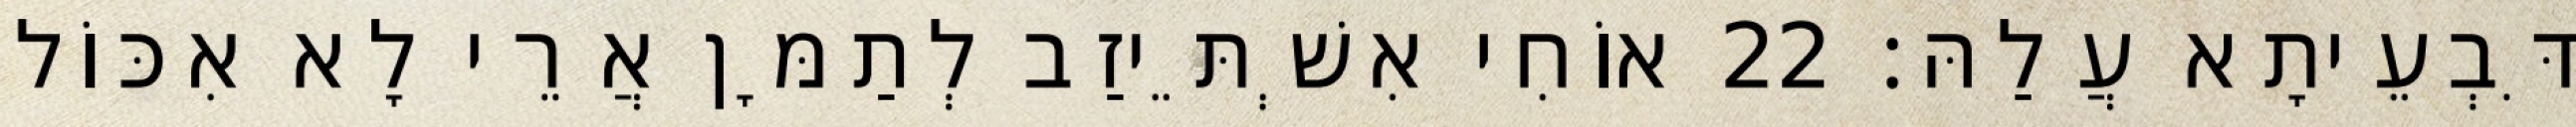
דִּבְעֵיתָא עֲלַהּ׃ 22 אוֹחִי אִשְׁתֵּיזַב לְתַמָּן אֲרֵי לָא אִכּוֹל